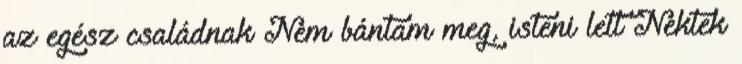
az egész családnak Nem bántam meg, isteni lett Nektek